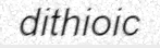
dithioic